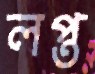
লপ্ত